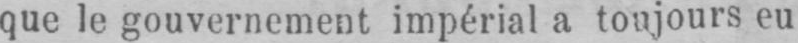
que le gouvernement impérial a toujours eu